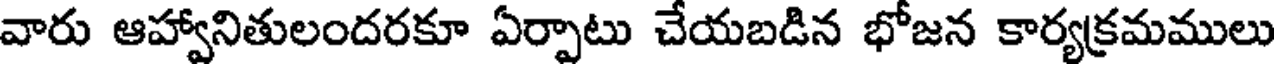
వారు ఆహ్వానితులందరకూ ఏర్పాటు చేయబడిన భోజన కార్యక్రమములు